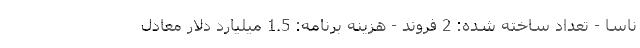
ناسا - تعداد ساخته شده: 2 فروند - هزینه برنامه: 1.5 میلیارد دلار معادل